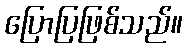
ပြောပြဖြစ်သည်။